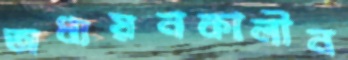
অধ্যয়নকালীন